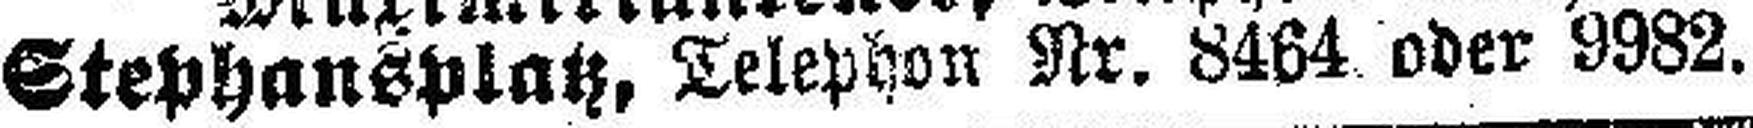
Stephansplatz, Telephon Nr. 8464 oder 9982.